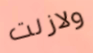
ولازلت